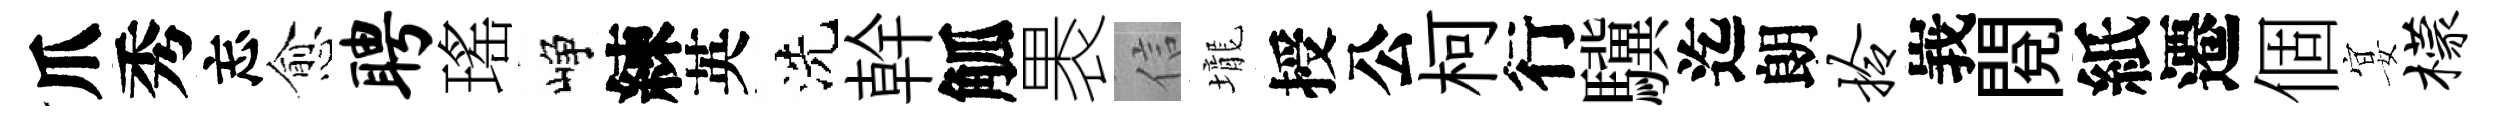
爪秀忘愈聘瑤峥練英洗幹觚褁信壠授公柯行驥迄朗拎峩閲紙遷個宴檬